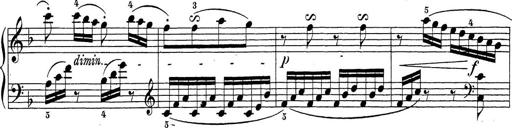
Title: Sonatina Album
Composer: Louis KÃ¶hler